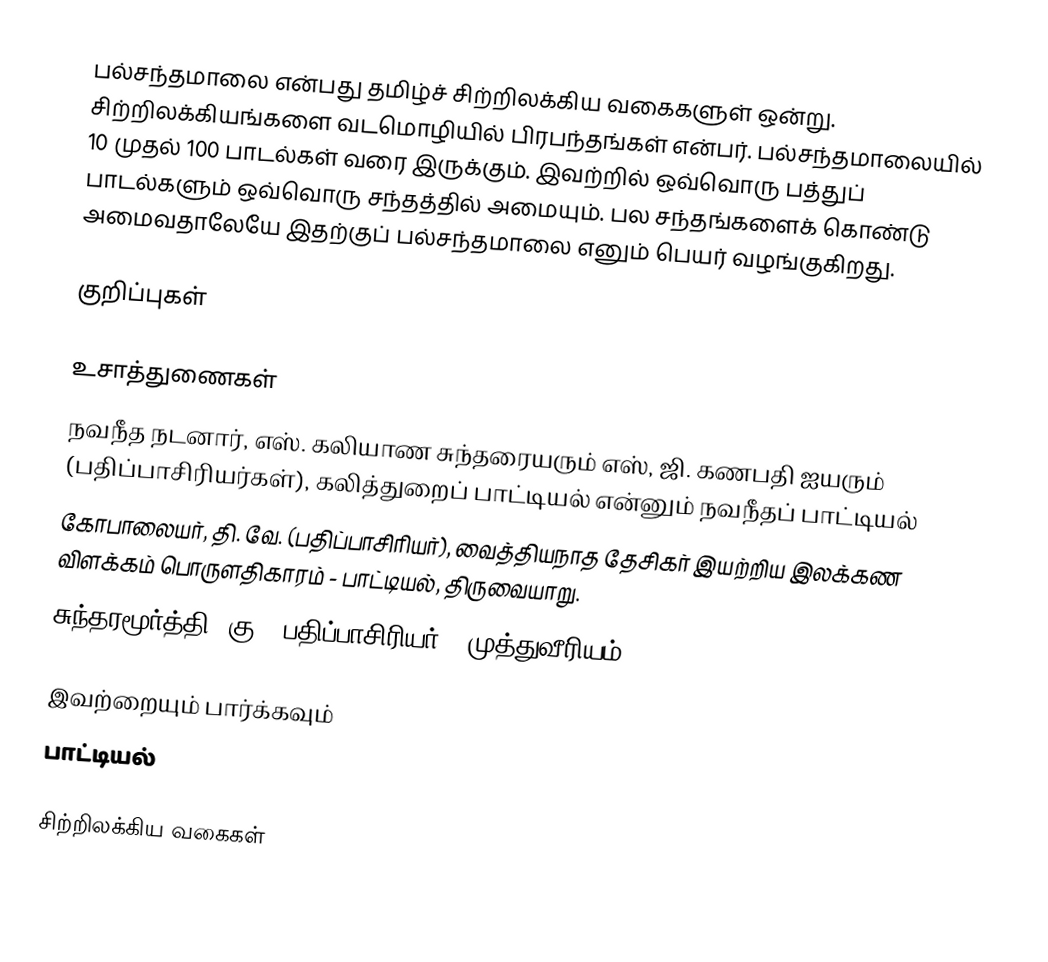
பல்சந்தமாலை என்பது தமிழ்ச் சிற்றிலக்கிய வகைகளுள் ஒன்று. சிற்றிலக்கியங்களை வடமொழியில் பிரபந்தங்கள் என்பர். பல்சந்தமாலையில் 10 முதல் 100 பாடல்கள் வரை இருக்கும். இவற்றில் ஒவ்வொரு பத்துப் பாடல்களும் ஒவ்வொரு சந்தத்தில் அமையும். பல சந்தங்களைக் கொண்டு அமைவதாலேயே இதற்குப் பல்சந்தமாலை எனும் பெயர் வழங்குகிறது.

குறிப்புகள்

உசாத்துணைகள்
 நவநீத நடனார், எஸ். கலியாண சுந்தரையரும் எஸ், ஜி. கணபதி ஐயரும் (பதிப்பாசிரியர்கள்), கலித்துறைப் பாட்டியல் என்னும் நவநீதப் பாட்டியல்
 கோபாலையர், தி. வே. (பதிப்பாசிரியர்), வைத்தியநாத தேசிகர் இயற்றிய இலக்கண விளக்கம் பொருளதிகாரம் - பாட்டியல், திருவையாறு.
 சுந்தரமூர்த்தி, கு. (பதிப்பாசிரியர்), முத்துவீரியம்

இவற்றையும் பார்க்கவும்
 பாட்டியல்

சிற்றிலக்கிய வகைகள்